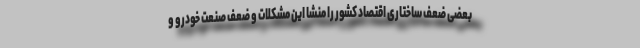
بعضی ضعف ساختاری اقتصاد کشور را منشا این مشکلات و ضعف صنعت خودرو و